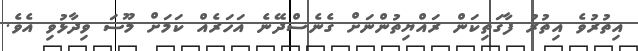
އިތުރުވެ އިތުރު ފާގަތިކަން ރައްޔިތުންނަށް ގެނެސްދޭނެ އަހަރެއް ކަމަށް މޫސަ ވިދާޅުވި އެވެ.